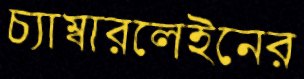
চ্যাম্বারলেইনের